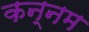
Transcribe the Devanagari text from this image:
कन्नम